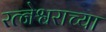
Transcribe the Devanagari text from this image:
रत्नेश्वराच्या